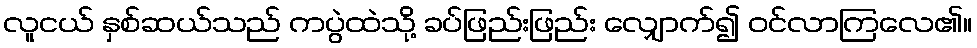
လူငယ် နှစ်ဆယ်သည် ကပွဲထဲသို့ ခပ်ဖြည်းဖြည်း လျှောက်၍ ဝင်လာကြလေ၏။